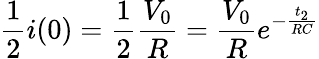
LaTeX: \frac{1}{2}i(0)=\frac{1}{2}\frac{V_{0}}{R}=\frac{V_{0}}{R}e^{-\frac{t_{2}}{RC}}